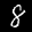
Label: 8